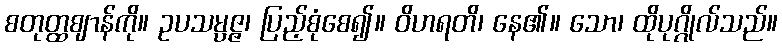
စတုတ္ထဈာန်ကို။ ဥပသမ္ပဇ္ဇ၊ ပြည့်စုံစေ၍။ ဝိဟရတိ၊ နေ၏။ သော၊ ထိုပုဂ္ဂိုလ်သည်။